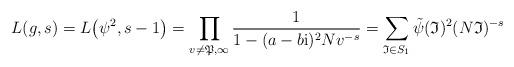
LaTeX: \begin{gather*} L(g, s) = L\big(\psi^2, s-1\big) = \prod_{v \ne \mathfrak P, \infty} \frac {1}{1 - (a-b{\rm i})^2 Nv^{-s}} = \sum_{\mathfrak I \in S_1} \tilde \psi(\mathfrak I)^2 (N \mathfrak I)^{-s}\end{gather*}